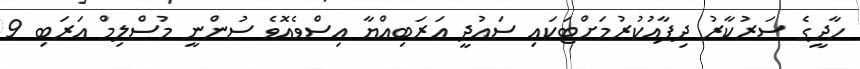
ހާދީގެ ސަރުކާރު ދިފާއުކުރުމަށްޓަކައި ސައުދީ އަރަބިއްޔާ އިސްވެއޮވެ ސުންނީ މުސްލިމް އަރަބި 9